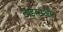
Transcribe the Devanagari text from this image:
टाइम्सऔर